255_413270_UFO's_and_Defense_What_Should_we_Prepare_For
Agency: NASA
Page 66
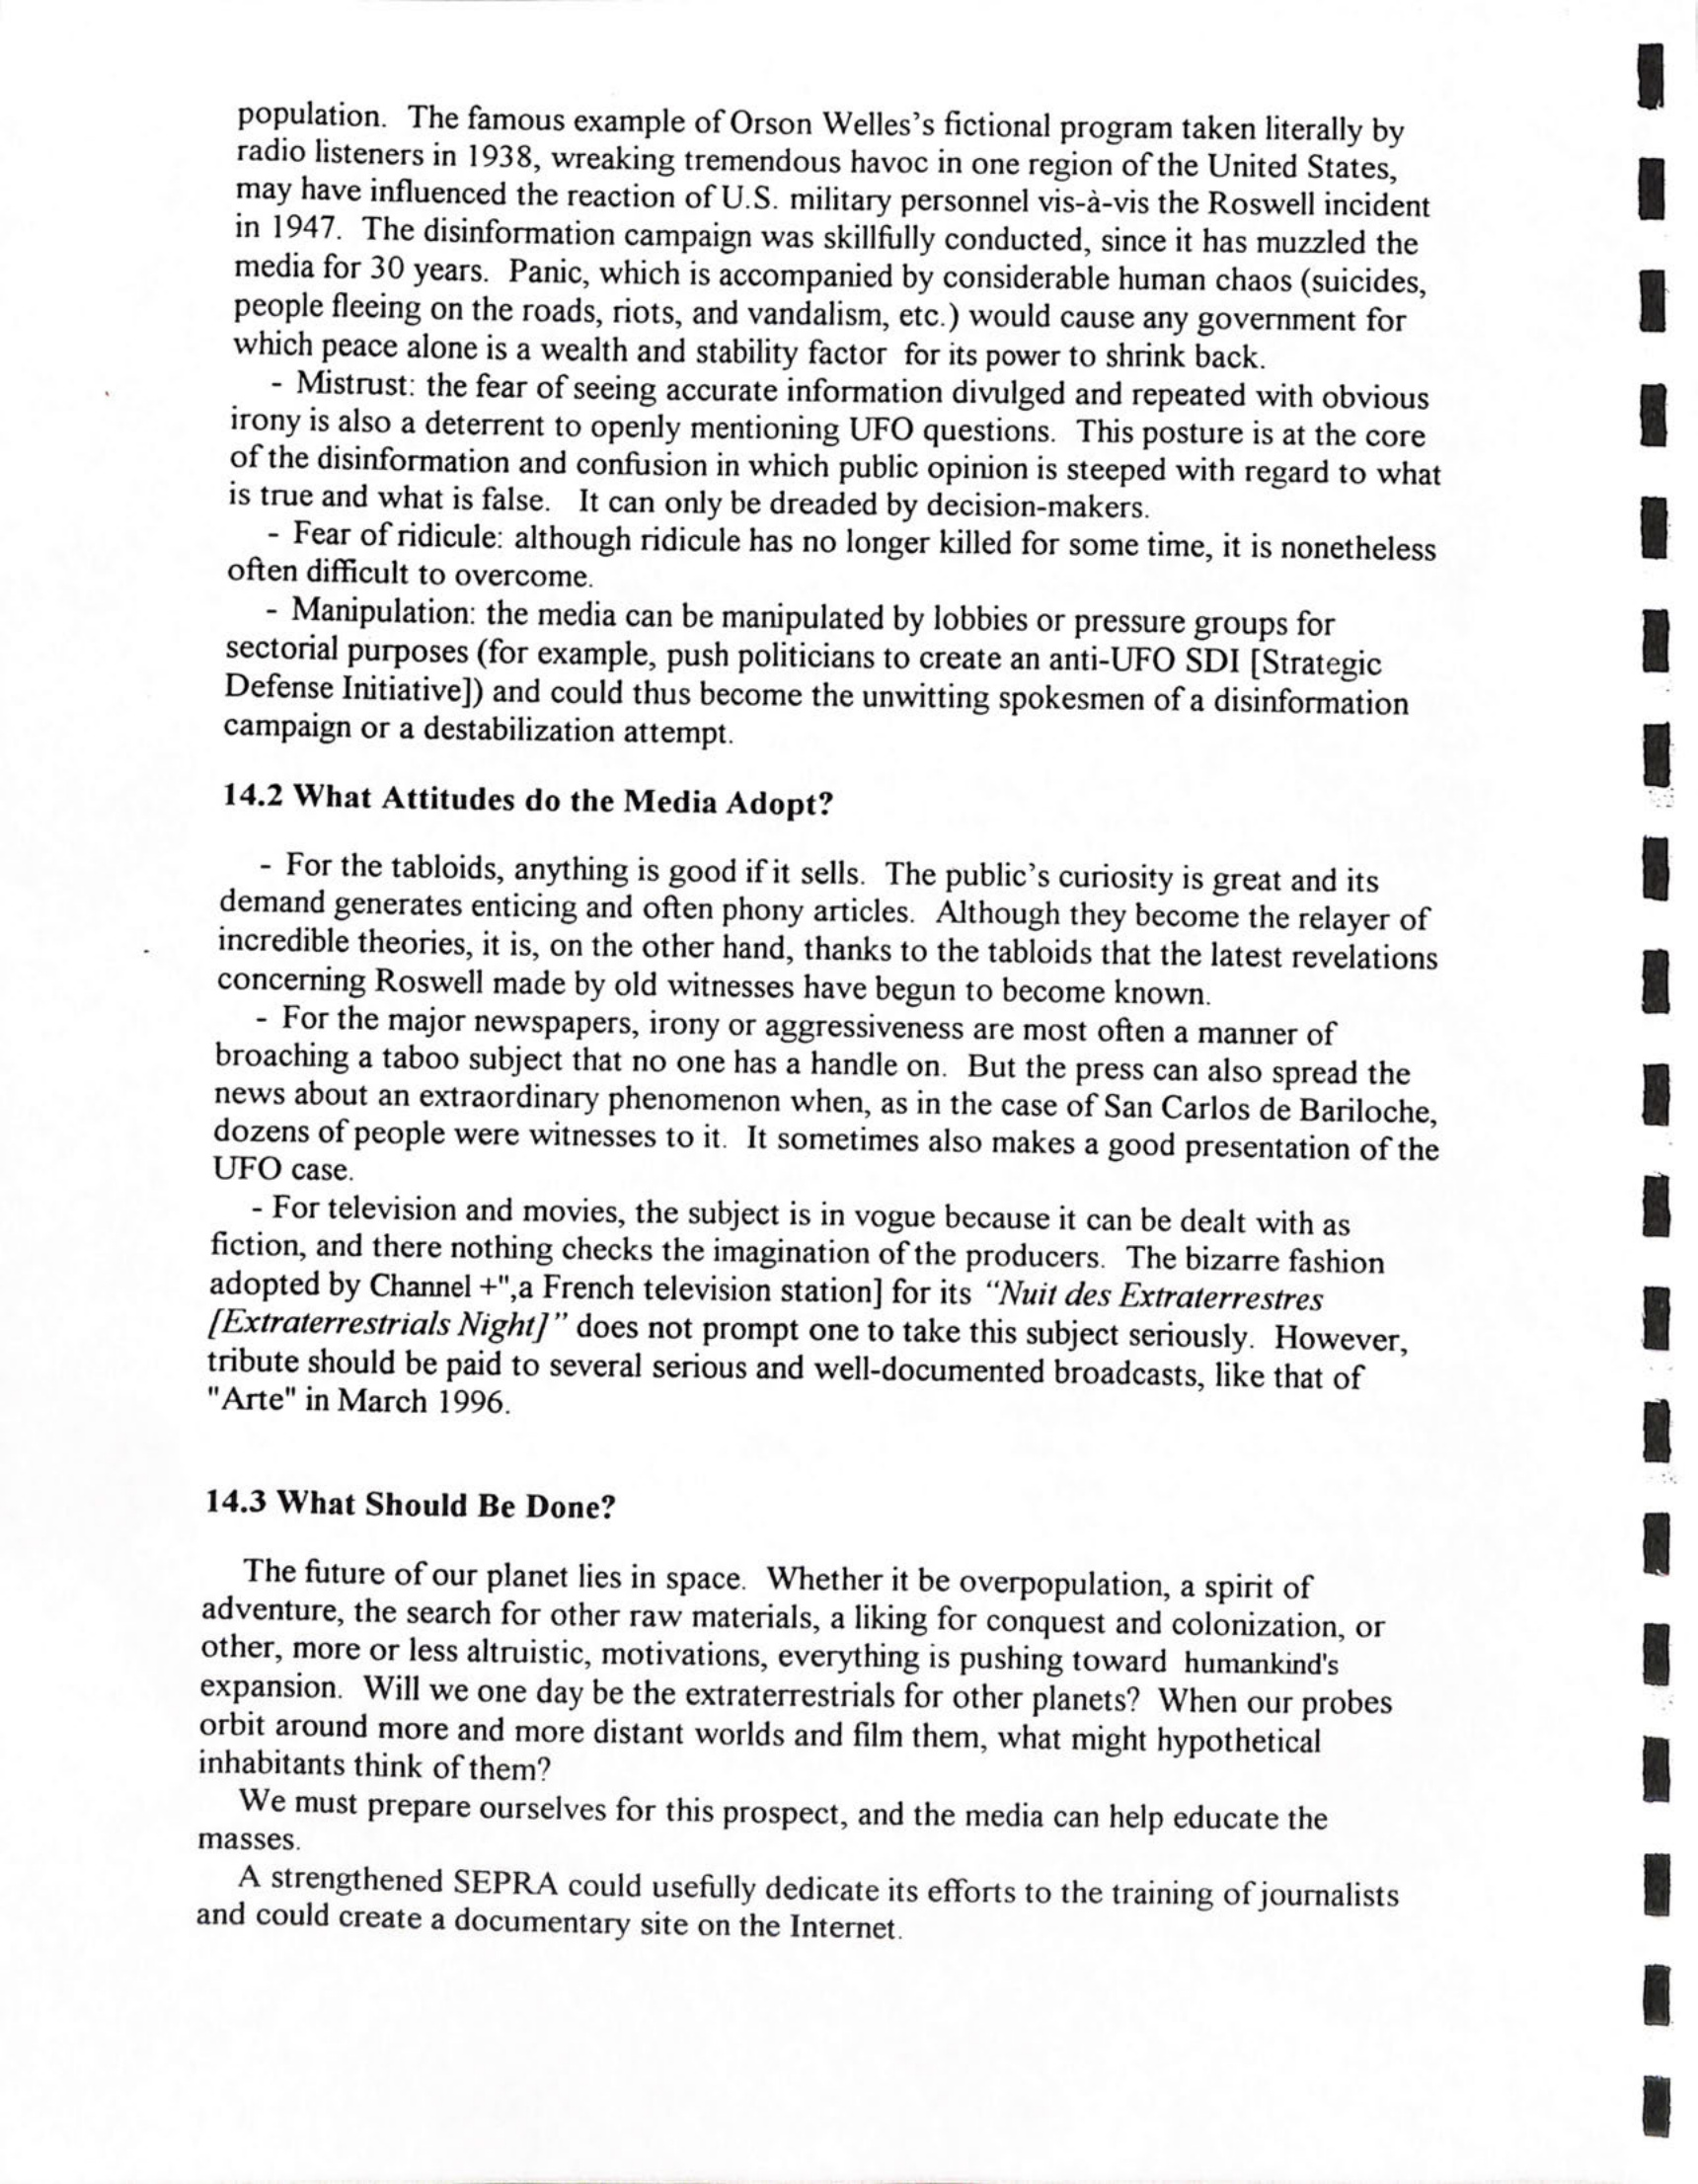